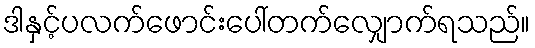
ဒါနှင့်ပလက်ဖောင်းပေါ်တက်လျှောက်ရသည်။